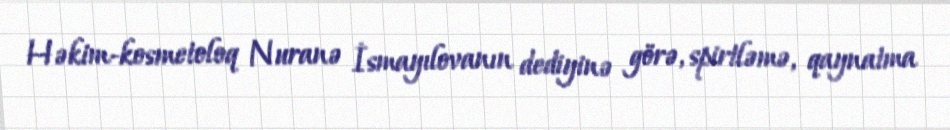
Həkim-kosmetoloq Nuranə İsmayılovanın dediyinə görə, spirtləmə, qaynatma